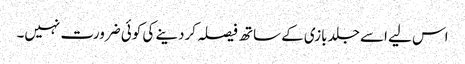
اس لیے اسے جلد بازی کے ساتھ فیصلہ کردینے کی کوئی ضرورت نہیں۔